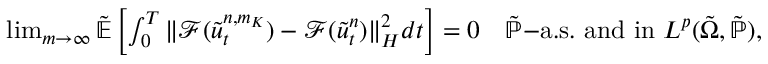
\begin{array} { r } { \operatorname* { l i m } _ { m \rightarrow \infty } \tilde { \ensuremath { { \mathbb E } } } \left[ \int _ { 0 } ^ { T } \| \mathcal { F } ( \tilde { u } _ { t } ^ { n , m _ { K } } ) - \mathcal { F } ( \tilde { u } _ { t } ^ { n } ) \| _ { H } ^ { 2 } d t \right] = 0 \quad \tilde { \mathbb { P } } \mathrm { - a . s . ~ a n d ~ i n ~ } L ^ { p } ( \tilde { \Omega } , \tilde { \mathbb { P } } ) , } \end{array}